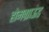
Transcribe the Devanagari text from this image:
होमग्राऊंड